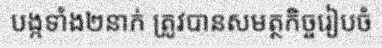
បង្កទាំង២នាក់ ត្រូវបានសមត្ថកិច្ចរៀបចំ